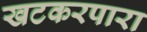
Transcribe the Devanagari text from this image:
खटकरपारा